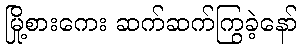
မြို့စားကေး ဆက်ဆက်ကြွခဲ့နော်